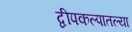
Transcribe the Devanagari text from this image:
द्वीपकल्पातल्या